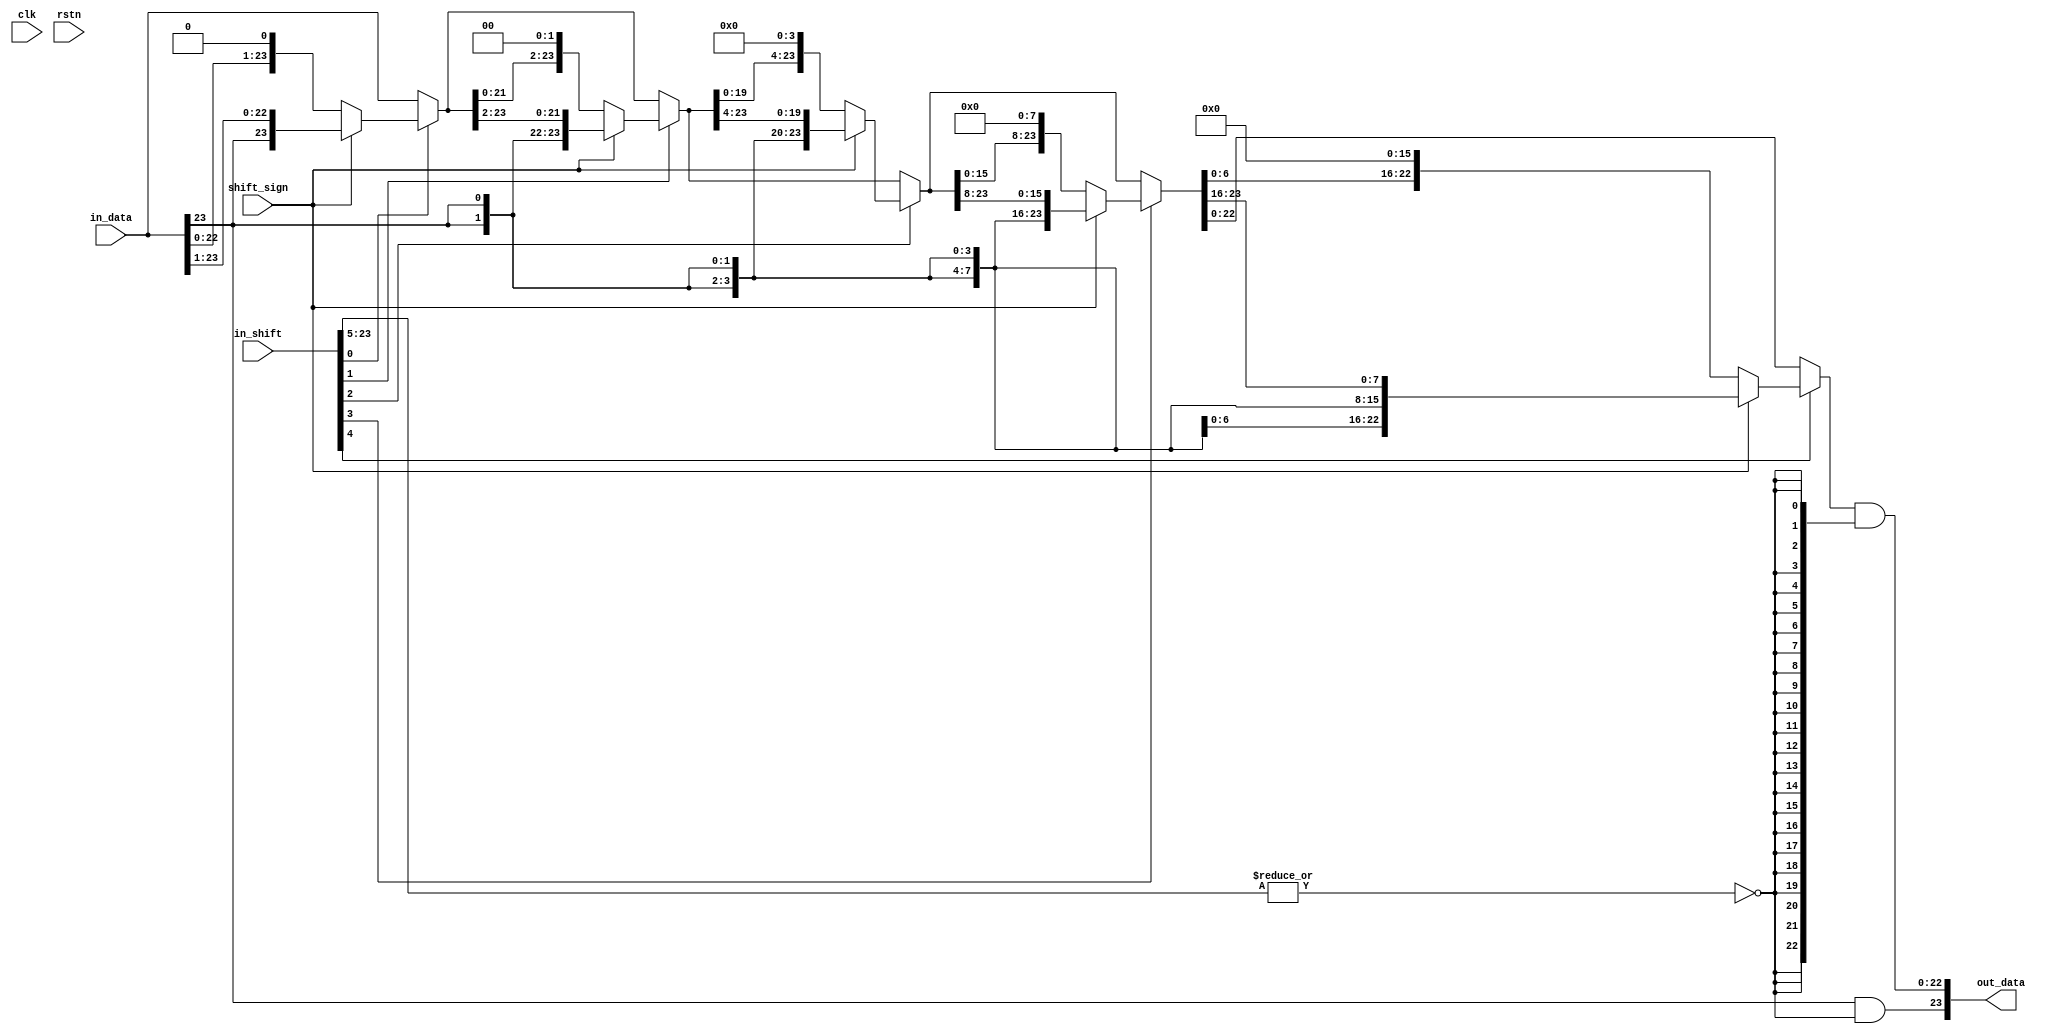
// IO Params
`define FXP24S_ADDR 23:0
`define FXP24S_WIDTH 24
`define FXP24S_SIGN 23
`define FXP24S_MAG 22:0
`define FXP24S_LSB_POW -24

module fxp24s_var_shifter(
	input clk,
	input rstn,
	// Input Stream
	input [`FXP24S_ADDR] in_data,
	input [`FXP24S_ADDR] in_shift,
	input shift_sign, // 0: LS | 1: RS
	// Output Stream
	output [`FXP24S_ADDR] out_data
);
	wire [23:0] sat_val;
	wire saturate;
	wire [4:0] shift_val;
	assign saturate = ~|in_shift[23:5];
	assign shift_val = in_shift[4:0];
	// Stages
	wire [23:0] stage_val [5:0];
	assign stage_val[0] = in_data;
	assign stage_val[1] = shift_val[0] ? (shift_sign ? {{1{in_data[23]}}, stage_val[0][23:1]} : { stage_val[0][22:0], {1{1'b0}} }) : stage_val[0];
	assign stage_val[2] = shift_val[1] ? (shift_sign ? {{2{in_data[23]}}, stage_val[1][23:2]} : { stage_val[1][21:0], {2{1'b0}} }) : stage_val[1];
	assign stage_val[3] = shift_val[2] ? (shift_sign ? {{4{in_data[23]}}, stage_val[2][23:4]} : { stage_val[2][19:0], {4{1'b0}} }) : stage_val[2];
	assign stage_val[4] = shift_val[3] ? (shift_sign ? {{8{in_data[23]}}, stage_val[3][23:8]} : { stage_val[3][15:0], {8{1'b0}} }) : stage_val[3];
	assign stage_val[5] = shift_val[4] ? (shift_sign ? {{16{in_data[23]}}, stage_val[4][23:16]} : { stage_val[4][7:0], {16{1'b0}} }) : stage_val[4];
	assign out_data[23] = in_data[23] & saturate;
	assign out_data[22:0] = stage_val[5][22:0] & {23{saturate}};

endmodule